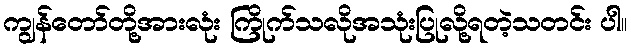
ကျွန်တော်တို့အားလုံး ကြိုက်သလိုအသုံးပြုလို့ရတဲ့သတင်း ပါ။